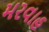
મરવાહ